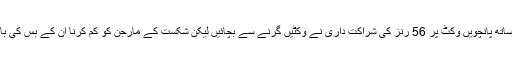
نارسنگھ دیونرائن کے ساتھ پانچویں وکٹ پر 56 رنز کی شراکت داری نے وکٹیں گرنے سے بچائیں لیکن شکست کے مارجن کو کم کرنا ان کے بس کی بات نہ تھی، نہ ہو سکی۔